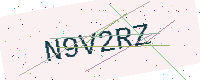
Text: N9V2RZ